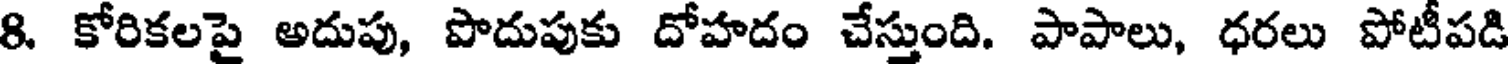
8. కోరికలపై అదుపు, పొదుపుకు దోహదం చేస్తుంది. పాపాలు, ధరలు పోటీపడి